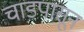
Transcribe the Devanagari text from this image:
चाडपासून